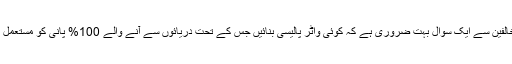
پھر Kalabagh Dam کے مخالفین سے ایک سوال بہت ضروری ہے کہ کوئی واٹر پالیسی بنائیں جس کے تحت دریائوں سے آنے والے 100% پانی کو مستعمل بنانے کی مکمل پلاننگ شامل ہو۔